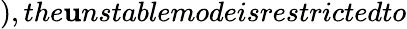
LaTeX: ),the\mathbf{u}nstablemodeisrestrictedto